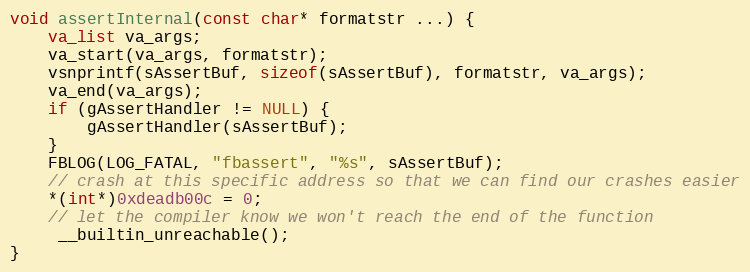
Language: C++
void assertInternal(const char* formatstr ...) {
    va_list va_args;
    va_start(va_args, formatstr);
    vsnprintf(sAssertBuf, sizeof(sAssertBuf), formatstr, va_args);
    va_end(va_args);
    if (gAssertHandler != NULL) {
        gAssertHandler(sAssertBuf);
    }
    FBLOG(LOG_FATAL, "fbassert", "%s", sAssertBuf);
    // crash at this specific address so that we can find our crashes easier
    *(int*)0xdeadb00c = 0;
    // let the compiler know we won't reach the end of the function
     __builtin_unreachable();
}